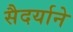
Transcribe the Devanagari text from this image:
सैदर्याने